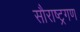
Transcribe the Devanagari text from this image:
सौराष्ट्रगण